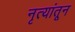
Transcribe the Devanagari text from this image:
नृत्यांतून